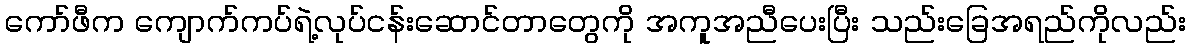
ကော်ဖီက ကျောက်ကပ်ရဲ့လုပ်ငန်းဆောင်တာတွေကို အကူအညီပေးပြီး သည်းခြေအရည်ကိုလည်း